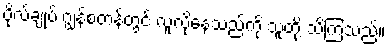
ဗိုလ်ချုပ် ဂျွန်စတန်တွင် လူလိုနေသည်ကို သူတို့ သိကြသည်။